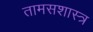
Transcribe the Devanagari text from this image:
तामसशास्त्र